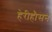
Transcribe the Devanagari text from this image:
हेरीहौसन